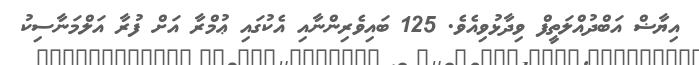
އިޔާޟް އަބްދުއްލަތީފް ވިދާޅުވިއެވެ. 125 ބައިވެރިންނާއި އެކުގައި ޢުމްރާ އަށް ފުރާ އަލްމަނާސިކު